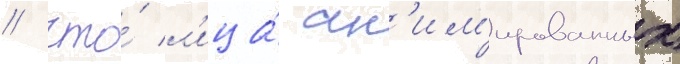
/ что́ л'ица́ ан'им'ированных